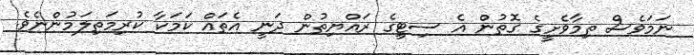
ނަމަވެސް ތިމާވެށީގެ ގޮތުން އެ ސިޓީގެ ރައްޔިތުން ދަނީ އެތައް ކަމަކާ ކުރިމަތިލަމުންނެވެ.